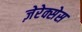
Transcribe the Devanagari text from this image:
ज़ेरेक्सेस